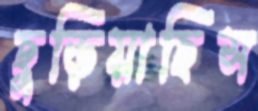
ছুড়িয়াছিস